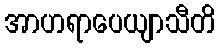
အာဟရာပေယျာသီတိ